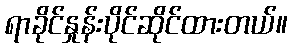
ရာခိုင်နှုန်းပိုင်ဆိုင်ထားတယ်။